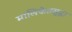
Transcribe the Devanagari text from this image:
मालिकेतसुद्धा